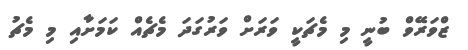
ޒްވަރޭވް ބުނީ މި މެޗަކީ ވަރަށް ވަރުގަދަ މެޗެއް ކަމަށާއި މި މެޗު